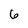
Character: 6